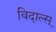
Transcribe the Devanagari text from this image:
विदाल्स्